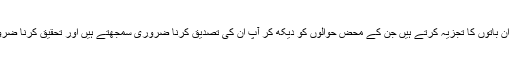
خیر آئیے ذرا آپ کی ان باتوں کا تجزیہ کرتے ہیں جن کے محض حوالوں کو دیکھ کر آپ ان کی تصدیق کرنا ضروری سمجھتے ہیں اور تحقیق کرنا ضروری نہیں سمجھتے !